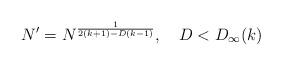
LaTeX: \begin{align*}N^{\prime} = N^{\frac{1}{2(k+1)-D(k-1)}}, \quad D < D_{\infty}(k)\end{align*}